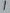
Text: 1